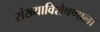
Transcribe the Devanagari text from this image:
संख्याविशेषणाला